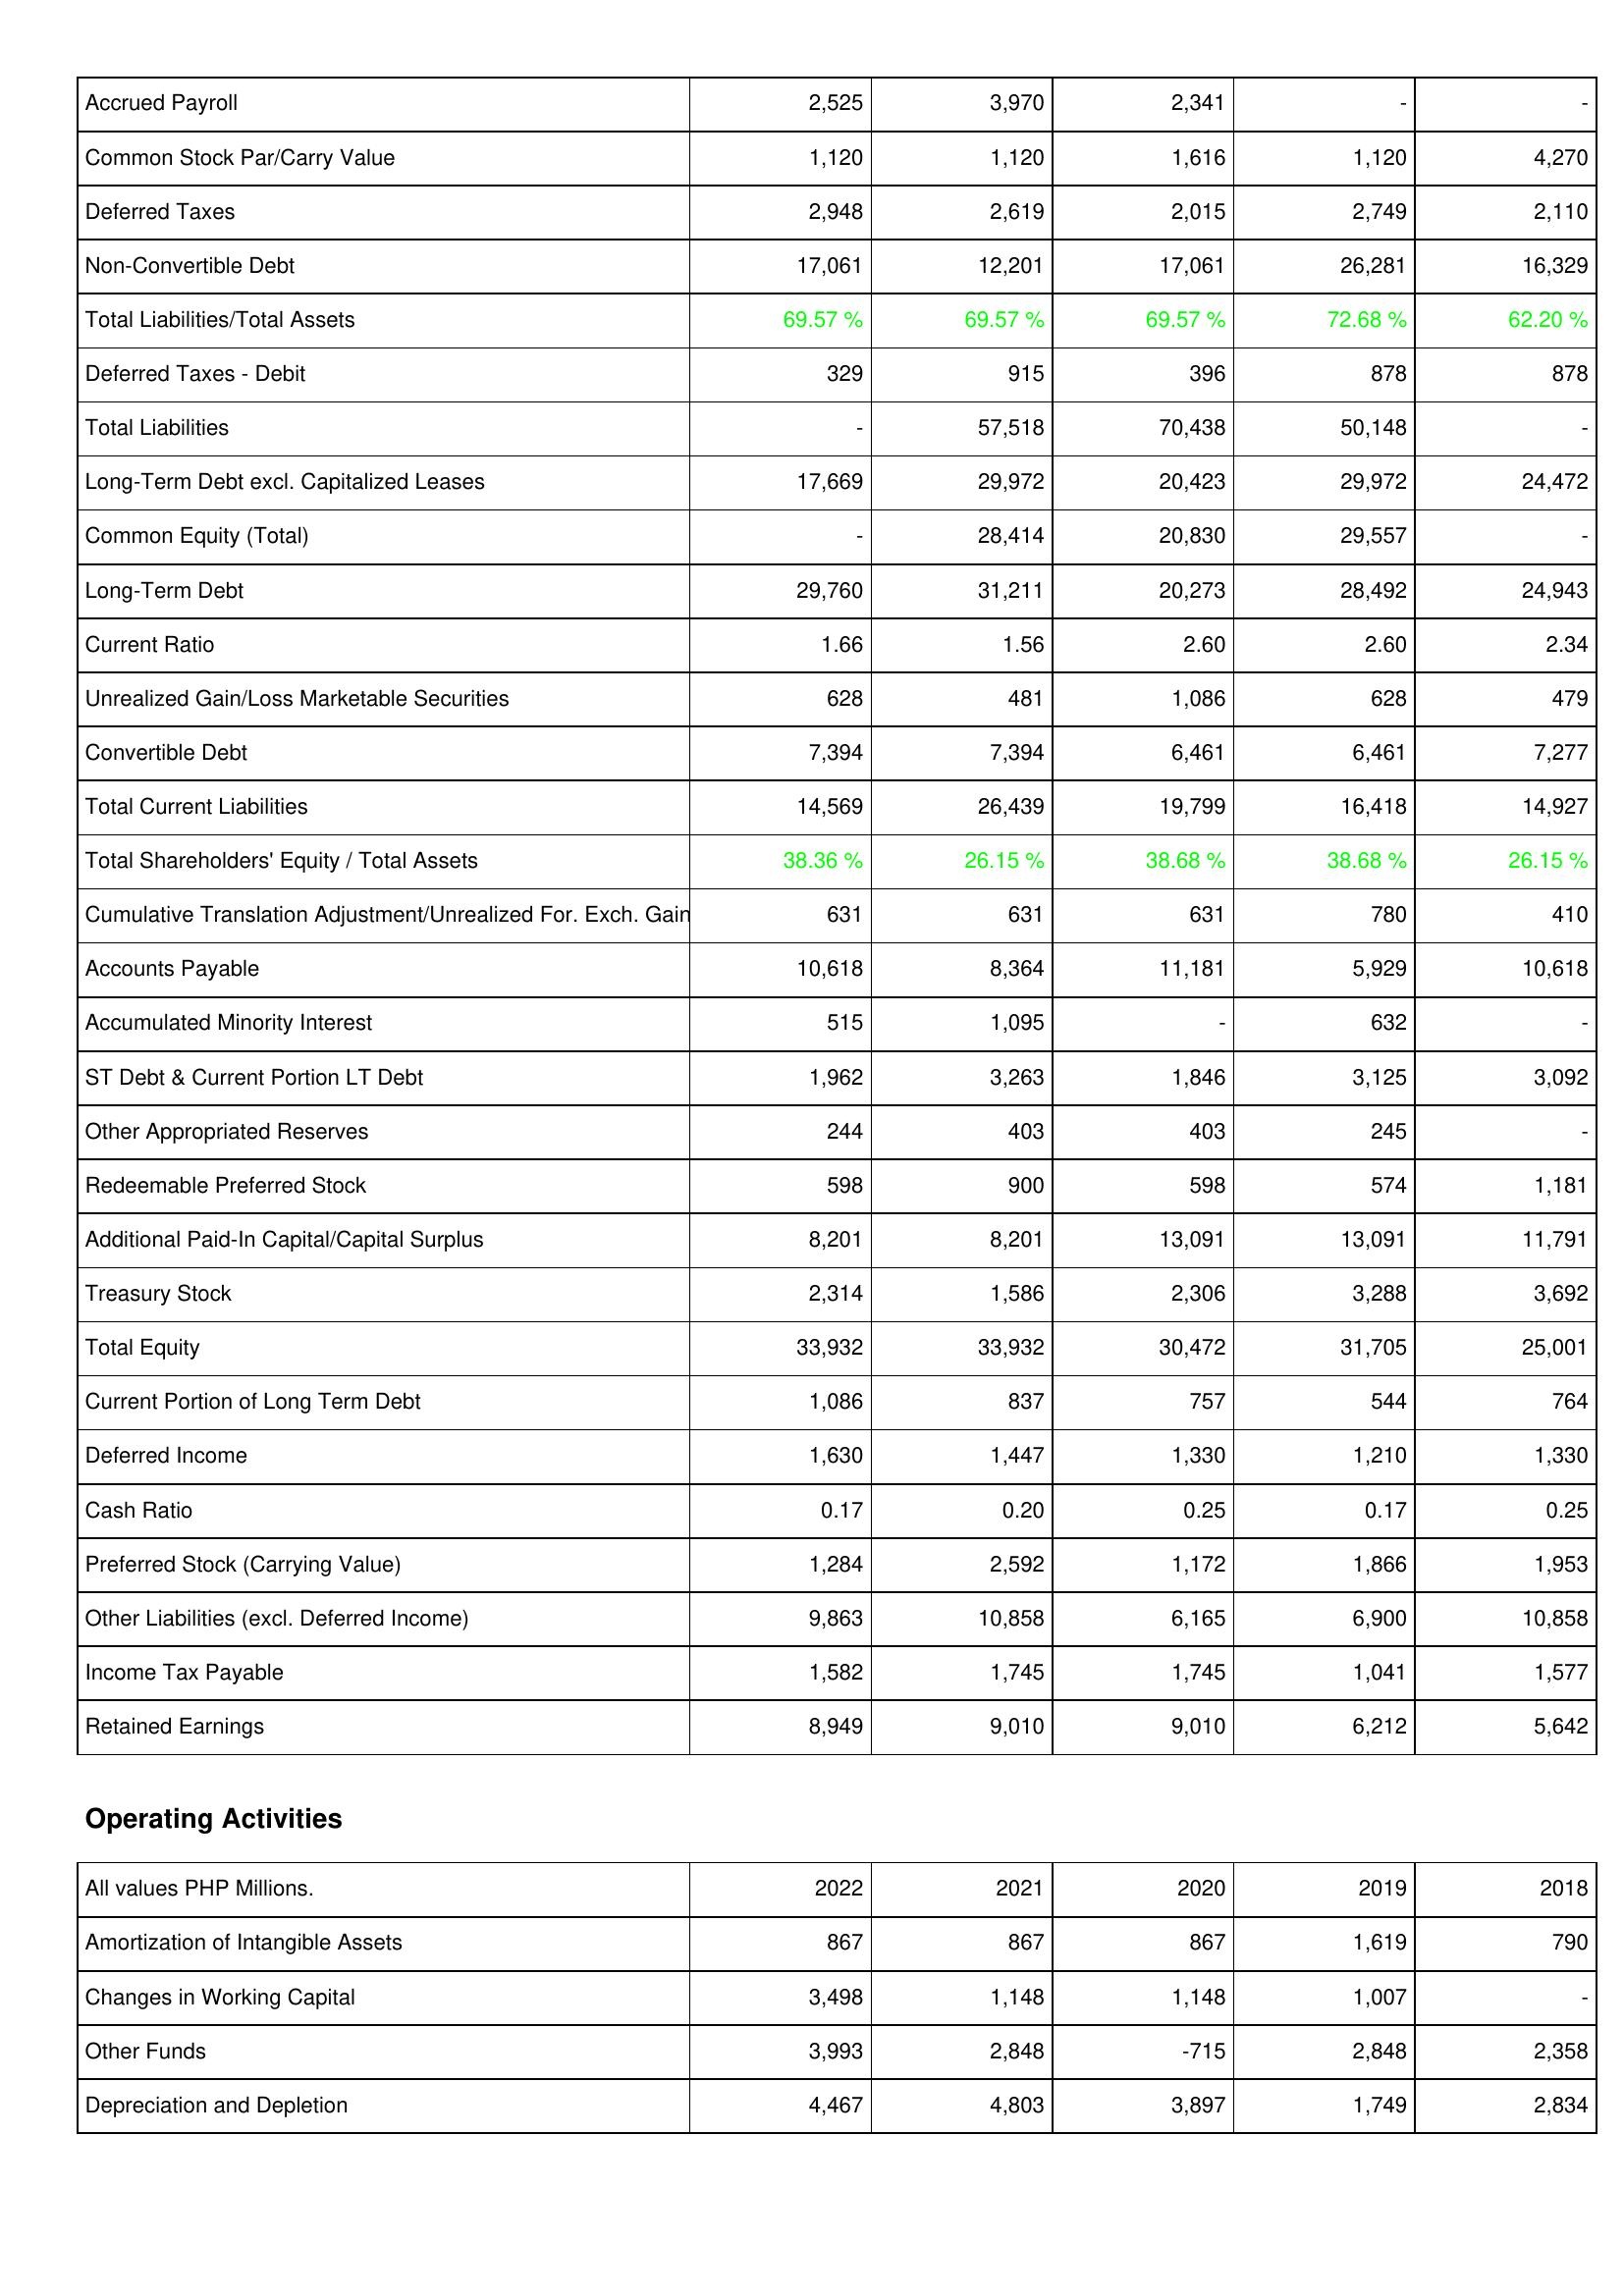
2022: Liabilities & Shareholders' Equity: Accrued Payroll: 2,525
Common Stock Par/Carry Value: 1,120
Deferred Taxes: 2,948
Non-Convertible Debt: 17,061
Total Liabilities/Total Assets: 69.57 %
Deferred Taxes - Debit: 329
Total Liabilities: -
Long-Term Debt excl. Capitalized Leases: 17,669
Common Equity (Total): -
Long-Term Debt: 29,760
Current Ratio: 1.66
Unrealized Gain/Loss Marketable Securities: 628
Convertible Debt: 7,394
Total Current Liabilities: 14,569
Total Shareholders' Equity / Total Assets: 38.36 %
Cumulative Translation Adjustment/Unrealized For. Exch. Gain: 631
Accounts Payable: 10,618
Accumulated Minority Interest: 515
ST Debt & Current Portion LT Debt: 1,962
Other Appropriated Reserves: 244
Redeemable Preferred Stock: 598
Additional Paid-In Capital/Capital Surplus: 8,201
Treasury Stock: 2,314
Total Equity: 33,932
Current Portion of Long Term Debt: 1,086
Deferred Income: 1,630
Cash Ratio: 0.17
Preferred Stock (Carrying Value): 1,284
Other Liabilities (excl. Deferred Income): 9,863
Income Tax Payable: 1,582
Retained Earnings: 8,949
Operating Activities: Amortization of Intangible Assets: 867
Changes in Working Capital: 3,498
Other Funds: 3,993
Depreciation and Depletion: 4,467
2021: Liabilities & Shareholders' Equity: Accrued Payroll: 3,970
Common Stock Par/Carry Value: 1,120
Deferred Taxes: 2,619
Non-Convertible Debt: 12,201
Total Liabilities/Total Assets: 69.57 %
Deferred Taxes - Debit: 915
Total Liabilities: 57,518
Long-Term Debt excl. Capitalized Leases: 29,972
Common Equity (Total): 28,414
Long-Term Debt: 31,211
Current Ratio: 1.56
Unrealized Gain/Loss Marketable Securities: 481
Convertible Debt: 7,394
Total Current Liabilities: 26,439
Total Shareholders' Equity / Total Assets: 26.15 %
Cumulative Translation Adjustment/Unrealized For. Exch. Gain: 631
Accounts Payable: 8,364
Accumulated Minority Interest: 1,095
ST Debt & Current Portion LT Debt: 3,263
Other Appropriated Reserves: 403
Redeemable Preferred Stock: 900
Additional Paid-In Capital/Capital Surplus: 8,201
Treasury Stock: 1,586
Total Equity: 33,932
Current Portion of Long Term Debt: 837
Deferred Income: 1,447
Cash Ratio: 0.20
Preferred Stock (Carrying Value): 2,592
Other Liabilities (excl. Deferred Income): 10,858
Income Tax Payable: 1,745
Retained Earnings: 9,010
Operating Activities: Amortization of Intangible Assets: 867
Changes in Working Capital: 1,148
Other Funds: 2,848
Depreciation and Depletion: 4,803
2020: Liabilities & Shareholders' Equity: Accrued Payroll: 2,341
Common Stock Par/Carry Value: 1,616
Deferred Taxes: 2,015
Non-Convertible Debt: 17,061
Total Liabilities/Total Assets: 69.57 %
Deferred Taxes - Debit: 396
Total Liabilities: 70,438
Long-Term Debt excl. Capitalized Leases: 20,423
Common Equity (Total): 20,830
Long-Term Debt: 20,273
Current Ratio: 2.60
Unrealized Gain/Loss Marketable Securities: 1,086
Convertible Debt: 6,461
Total Current Liabilities: 19,799
Total Shareholders' Equity / Total Assets: 38.68 %
Cumulative Translation Adjustment/Unrealized For. Exch. Gain: 631
Accounts Payable: 11,181
Accumulated Minority Interest: -
ST Debt & Current Portion LT Debt: 1,846
Other Appropriated Reserves: 403
Redeemable Preferred Stock: 598
Additional Paid-In Capital/Capital Surplus: 13,091
Treasury Stock: 2,306
Total Equity: 30,472
Current Portion of Long Term Debt: 757
Deferred Income: 1,330
Cash Ratio: 0.25
Preferred Stock (Carrying Value): 1,172
Other Liabilities (excl. Deferred Income): 6,165
Income Tax Payable: 1,745
Retained Earnings: 9,010
Operating Activities: Amortization of Intangible Assets: 867
Changes in Working Capital: 1,148
Other Funds: -715
Depreciation and Depletion: 3,897
2019: Liabilities & Shareholders' Equity: Accrued Payroll: -
Common Stock Par/Carry Value: 1,120
Deferred Taxes: 2,749
Non-Convertible Debt: 26,281
Total Liabilities/Total Assets: 72.68 %
Deferred Taxes - Debit: 878
Total Liabilities: 50,148
Long-Term Debt excl. Capitalized Leases: 29,972
Common Equity (Total): 29,557
Long-Term Debt: 28,492
Current Ratio: 2.60
Unrealized Gain/Loss Marketable Securities: 628
Convertible Debt: 6,461
Total Current Liabilities: 16,418
Total Shareholders' Equity / Total Assets: 38.68 %
Cumulative Translation Adjustment/Unrealized For. Exch. Gain: 780
Accounts Payable: 5,929
Accumulated Minority Interest: 632
ST Debt & Current Portion LT Debt: 3,125
Other Appropriated Reserves: 245
Redeemable Preferred Stock: 574
Additional Paid-In Capital/Capital Surplus: 13,091
Treasury Stock: 3,288
Total Equity: 31,705
Current Portion of Long Term Debt: 544
Deferred Income: 1,210
Cash Ratio: 0.17
Preferred Stock (Carrying Value): 1,866
Other Liabilities (excl. Deferred Income): 6,900
Income Tax Payable: 1,041
Retained Earnings: 6,212
Operating Activities: Amortization of Intangible Assets: 1,619
Changes in Working Capital: 1,007
Other Funds: 2,848
Depreciation and Depletion: 1,749
2018: Liabilities & Shareholders' Equity: Accrued Payroll: -
Common Stock Par/Carry Value: 4,270
Deferred Taxes: 2,110
Non-Convertible Debt: 16,329
Total Liabilities/Total Assets: 62.20 %
Deferred Taxes - Debit: 878
Total Liabilities: -
Long-Term Debt excl. Capitalized Leases: 24,472
Common Equity (Total): -
Long-Term Debt: 24,943
Current Ratio: 2.34
Unrealized Gain/Loss Marketable Securities: 479
Convertible Debt: 7,277
Total Current Liabilities: 14,927
Total Shareholders' Equity / Total Assets: 26.15 %
Cumulative Translation Adjustment/Unrealized For. Exch. Gain: 410
Accounts Payable: 10,618
Accumulated Minority Interest: -
ST Debt & Current Portion LT Debt: 3,092
Other Appropriated Reserves: -
Redeemable Preferred Stock: 1,181
Additional Paid-In Capital/Capital Surplus: 11,791
Treasury Stock: 3,692
Total Equity: 25,001
Current Portion of Long Term Debt: 764
Deferred Income: 1,330
Cash Ratio: 0.25
Preferred Stock (Carrying Value): 1,953
Other Liabilities (excl. Deferred Income): 10,858
Income Tax Payable: 1,577
Retained Earnings: 5,642
Operating Activities: Amortization of Intangible Assets: 790
Changes in Working Capital: -
Other Funds: 2,358
Depreciation and Depletion: 2,834